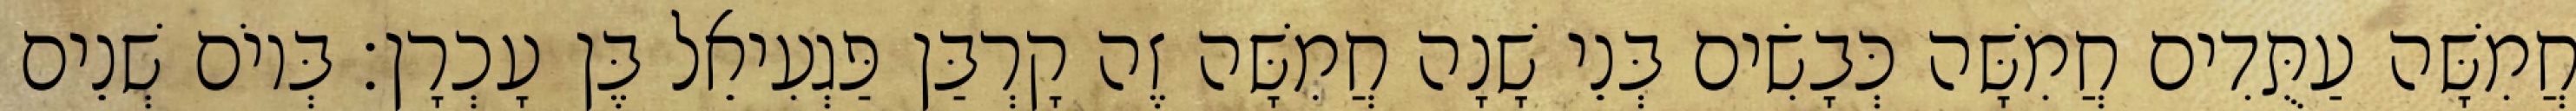
חֲמִשָּׁה עַתֻּדִים חֲמִשָּׁה כְּבָשִׂים בְּנֵי שָׁנָה חֲמִשָּׁה זֶה קָרְבַּן פַּגְעִיאֵל בֶּן עָכְרָן׃ בְּיוֹם שְׁנֵים